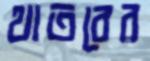
থাতবের